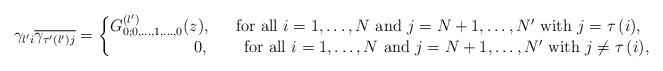
LaTeX: \begin{align*}\gamma_{l'i}\overline{\gamma_{\tau'\left(l'\right)j}}=\left\{ \begin{matrix} G^{\left(l'\right)}_{0;0, \dots,1,\dots, 0}(z),&\mbox{ for all $i=1,\dots,N$ and $j=N+1,\dots,N'$ with $j= \tau\left(i\right) $,} \\ \quad\quad\quad\quad\quad0,&\quad\mbox{ for all $i=1,\dots,N$ and $j=N+1,\dots,N'$ with $j\neq \tau\left(i\right) $,} \end{matrix} \right.\end{align*}